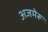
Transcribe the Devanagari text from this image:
अजमेरू